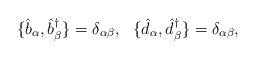
LaTeX: \begin{align*}\{\hat{b}_{\alpha}, \hat{b}^{\dagger}_{\beta} \} = \delta_{\alpha\beta},~~ \{\hat{d}_{\alpha}, \hat{d}^{\dagger}_{\beta} \} =\delta_{\alpha \beta},\end{align*}